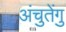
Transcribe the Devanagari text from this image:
अंचुतेंगु